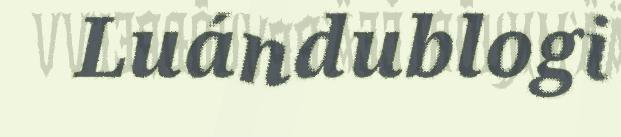
Luándublogi